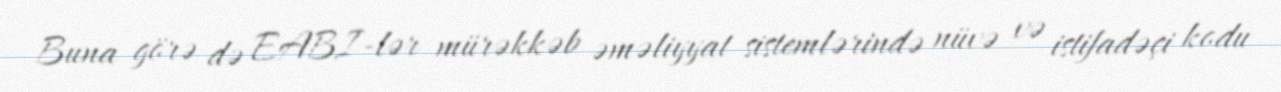
Buna görə də EABI-lər mürəkkəb əməliyyat sistemlərində nüvə və istifadəçi kodu